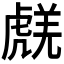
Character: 𧇞